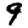
Digit: 9